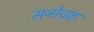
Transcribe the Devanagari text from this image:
मनोचक्र